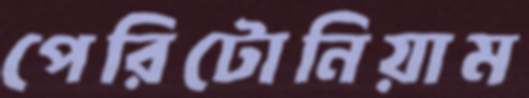
পেরিটোনিয়াম